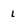
Character: L